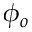
\phi _ { o }